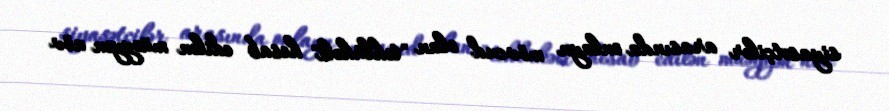
siyasətçilər arasında onlayn mövcud olan "təhlükəli" hesab edilən müəyyən növ